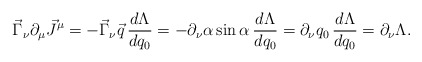
\begin{align*}\vec{\Gamma}_\nu \partial_\mu \vec{J}^\mu = - \vec{\Gamma}_\nu \vec{q} \, \frac{d \Lambda}{d q_0} = - \partial_\nu \alpha \sin \alpha \, \frac{d \Lambda}{d q_0} = \partial_\nu q_0 \, \frac{d \Lambda}{d q_0} = \partial_\nu \Lambda .\end{align*}